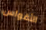
الأقواس